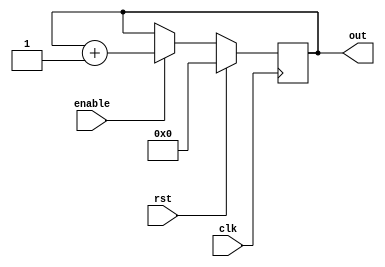
`timescale 1ns / 1ps
//////////////////////////////////////////////////////////////////////////////////
// Company: 
// Engineer: 
// 
// Design Name: 
// Module Name: Counter
// Project Name: 
// Target Devices: 
// Tool Versions: 
// Description: 
// 
// Dependencies: 
// 
// Revision:
// Revision 0.01 - File Created
// Additional Comments:
// 
//////////////////////////////////////////////////////////////////////////////////


module Counter(
    input clk,
    input rst,
    input enable,
    output [3:0] out
    );
    reg [3:0] count;
    always @ (posedge clk) begin
        if (rst)
            count <= 0;
        else begin
            if (enable)
                count <= count + 1;
            else
                count <= count;
        end
    end
    assign out = count;
endmodule